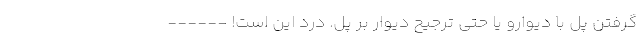
گرفتن پُل با دیوارو یا حتی ترجیح دیوار بر پل. درد این است! ------